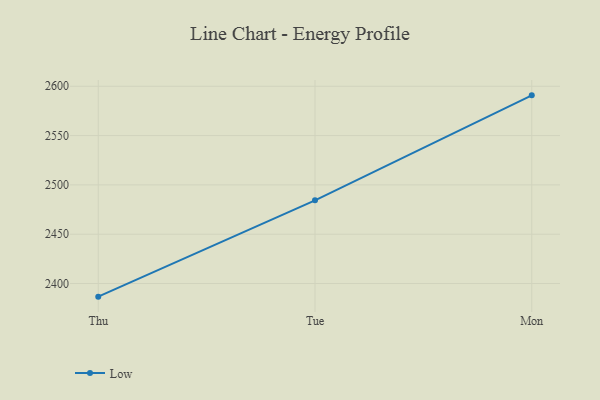
{"axis": {"x": "Day", "y": "Production Output"}, "legend": ["Low"], "data": [{"x": "Thu", "y": 2386.7, "type": "Low"}, {"x": "Tue", "y": 2484.4, "type": "Low"}, {"x": "Mon", "y": 2590.8, "type": "Low"}]}